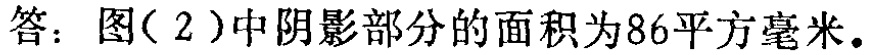
答：图(2)中阴影部分的面积为86平方毫米。